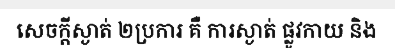
សេចក្តីស្ងាត់ ២ប្រការ គឺ ការស្ងាត់ ផ្លូវកាយ និង